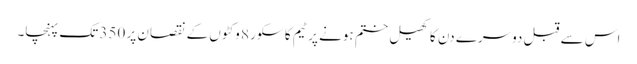
اس سے قبل دوسرے دن کا کھیل ختم ہونے پر ٹیم کا سکور 8 وکٹوں کے نقصان پر 350 تک پہنچا۔